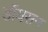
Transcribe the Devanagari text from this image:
डॉयसन